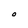
Character: O